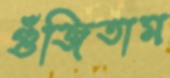
গুঁজিতাম